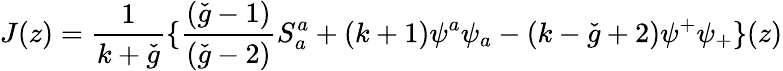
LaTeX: J(z)=\frac{1}{k+\check{g}}\{ \frac{(\check{g}-1)}{(\check{g}-2)}S_{a}^{a}+(k+1)\psi^{a}\psi_{a}-(k-\check{g}+2)\psi^{+}\psi_{+}\} (z)